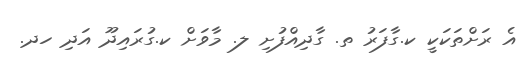
އެ ރަށްތަކަކީ ކ.ގާފަރު ތ. ގާދިއްފުށި ލ. މާވަށް ކ.ގުރައިދޫ އަދި ހދ.